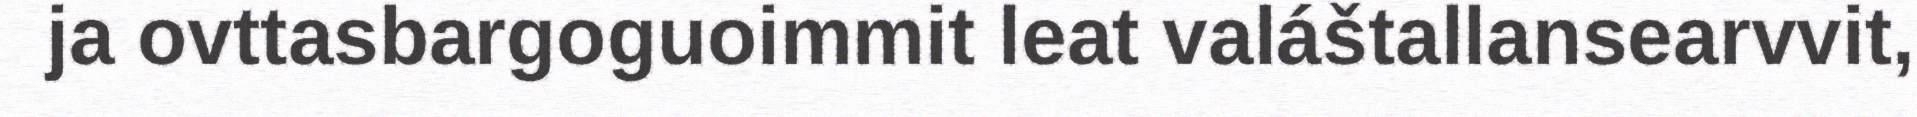
ja ovttasbargoguoimmit leat valáštallansearvvit,